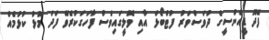
ފޭދޫ ޑީއެންސީގެ ދުވަސްވަރު ފުޓްބޯޅަ އާއި ވޮލީގައިވެސް ފާހަގަކުރެވޭ ފަދަ މޮޅު ކުޅުމެއް